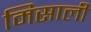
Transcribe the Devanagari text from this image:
मिसाली